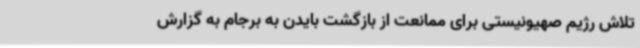
تلاش رژیم صهیونیستی برای ممانعت از بازگشت بایدن به برجام به گزارش